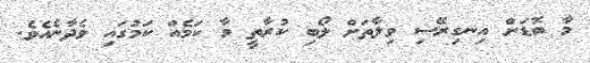
މާ ބޮޑަށް އިނގިރޭސި ވިލާތަށް ލޯބި ކުރާތީ ވާ ކަމެއް ކަމުގައި ވެދާނެއެވެ.